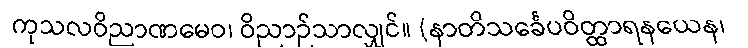
ကုသလဝိညာဏမေဝ၊ ဝိညာဉ်သာလျှင်။ (နာတိသင်္ခေပဝိတ္ထာရနယေန၊